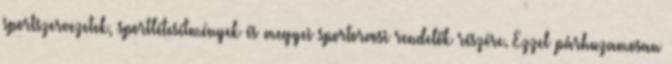
sportszervezetek, sportlétesítmények és megyei sportorvosi rendelők részére. Ezzel párhuzamosan